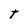
Character: t